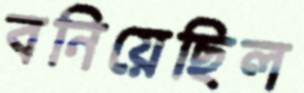
বনিয়েছিল